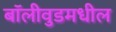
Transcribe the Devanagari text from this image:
बॉलीवुडमधील